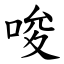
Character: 唆